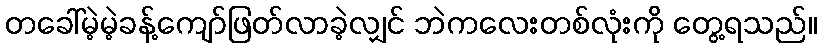
တခေါ်မဲ့မဲ့ခန့်ကျော်ဖြတ်လာခဲ့လျှင် ဘဲကလေးတစ်လုံးကို တွေ့ရသည်။